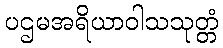
ပဌမအရိယာဝါသသုတ္တံ